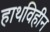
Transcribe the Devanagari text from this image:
हाथविहीन